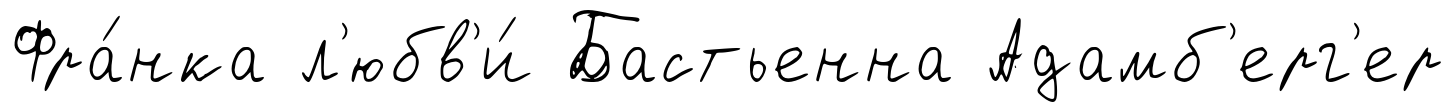
Фра́нка л'юбв'и́ Бастьенна Адамб'ерг'ер